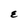
Character: E